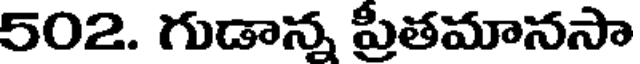
502. గుడాన్న ప్రీతమానసా